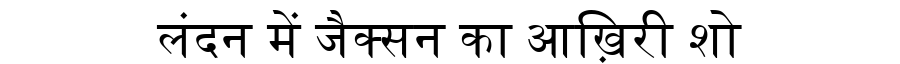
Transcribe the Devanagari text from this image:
लंदन में जैक्सन का आख़िरी शो